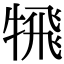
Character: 𩙲